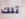
تلك